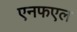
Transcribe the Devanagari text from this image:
एनफएल